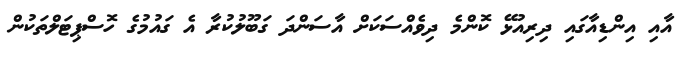
އާއި އިންޑިއާގައި ދިރިއުޅޭ ކޮންމެ ދިވެއްސަކަށް އާސަންދަ ގަބޫލުކުރާ އެ ގައުމުގެ ހޮސްޕިޓަލްތަކުން